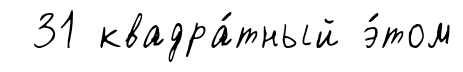
31 квадра́тный э́том